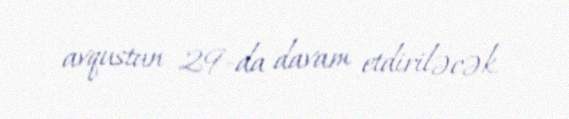
avqustun 29-da davam etdiriləcək.